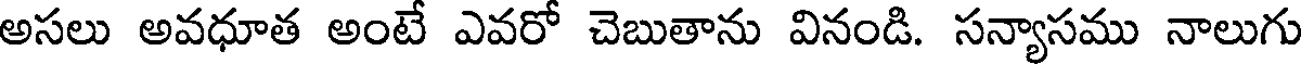
అసలు అవధూత అంటే ఎవరో చెబుతాను వినండి. సన్యాసము నాలుగు